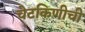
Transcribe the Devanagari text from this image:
चेटकिणीची